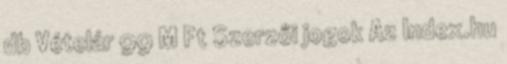
db Vételár 99 M Ft Szerzői jogok Az Index.hu